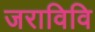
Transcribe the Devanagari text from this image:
जराविवि